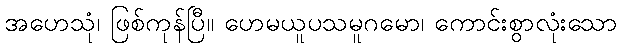
အဟေသုံ၊ ဖြစ်ကုန်ပြီ။ ဟေမယူပသမူဂမော၊ ကောင်းစွာလုံးသော